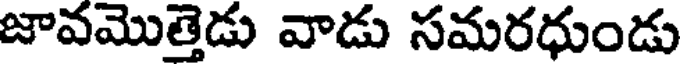
జావమొత్తెడు వాడు సమరధుండు